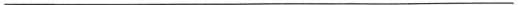
___